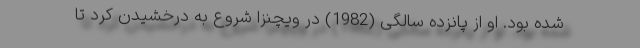
شده بود. او از پانزده سالگی (1982) در ویچنزا شروع به درخشیدن کرد تا